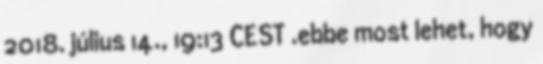
2018. július 14., 19:13 CEST .ebbe most lehet, hogy